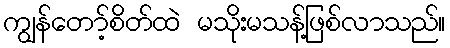
ကျွန်တော့်စိတ်ထဲ မသိုးမသန့်ဖြစ်လာသည်။